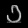
Digit: ၁